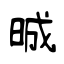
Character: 晠